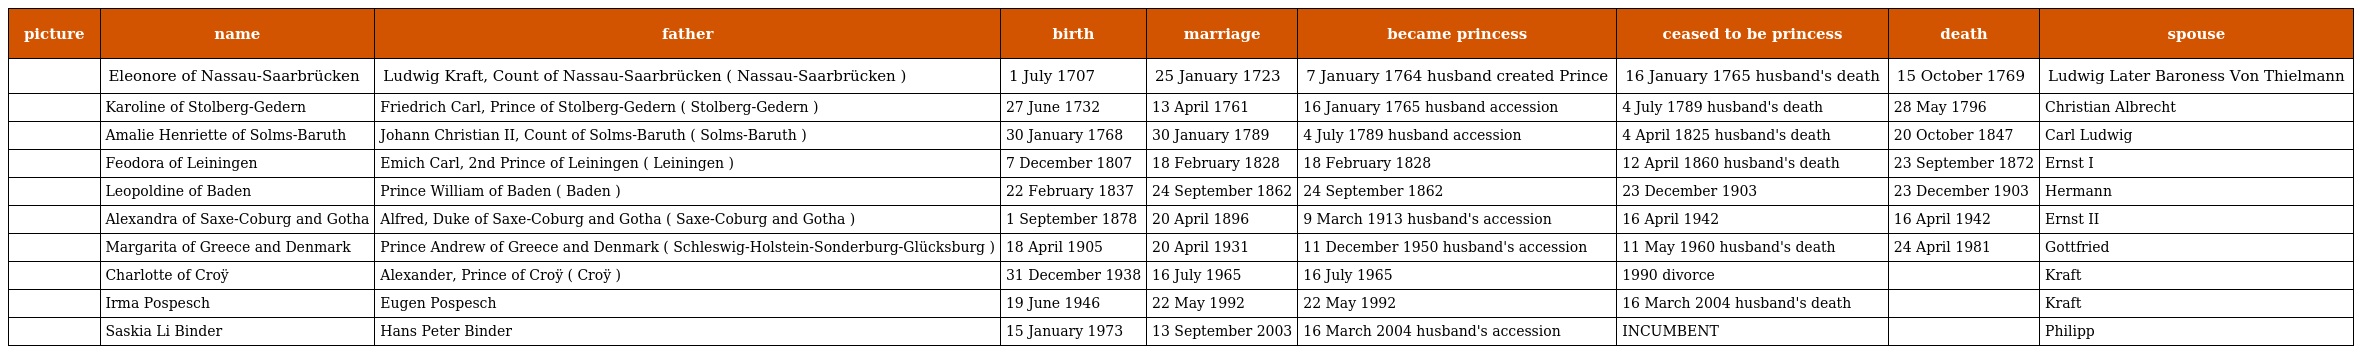
| picture | name | father | birth | marriage | became princess | ceased to be princess | death | spouse |
 | --- | --- | --- | --- | --- | --- | --- | --- | --- |
 |  | Eleonore of Nassau-Saarbrücken | Ludwig Kraft, Count of Nassau-Saarbrücken ( Nassau-Saarbrücken ) | 1 July 1707 | 25 January 1723 | 7 January 1764 husband created Prince | 16 January 1765 husband's death | 15 October 1769 | Ludwig Later Baroness Von Thielmann |
 |  | Karoline of Stolberg-Gedern | Friedrich Carl, Prince of Stolberg-Gedern ( Stolberg-Gedern ) | 27 June 1732 | 13 April 1761 | 16 January 1765 husband accession | 4 July 1789 husband's death | 28 May 1796 | Christian Albrecht |
 |  | Amalie Henriette of Solms-Baruth | Johann Christian II, Count of Solms-Baruth ( Solms-Baruth ) | 30 January 1768 | 30 January 1789 | 4 July 1789 husband accession | 4 April 1825 husband's death | 20 October 1847 | Carl Ludwig |
 |  | Feodora of Leiningen | Emich Carl, 2nd Prince of Leiningen ( Leiningen ) | 7 December 1807 | 18 February 1828 | 18 February 1828 | 12 April 1860 husband's death | 23 September 1872 | Ernst I |
 |  | Leopoldine of Baden | Prince William of Baden ( Baden ) | 22 February 1837 | 24 September 1862 | 24 September 1862 | 23 December 1903 | 23 December 1903 | Hermann |
 |  | Alexandra of Saxe-Coburg and Gotha | Alfred, Duke of Saxe-Coburg and Gotha ( Saxe-Coburg and Gotha ) | 1 September 1878 | 20 April 1896 | 9 March 1913 husband's accession | 16 April 1942 | 16 April 1942 | Ernst II |
 |  | Margarita of Greece and Denmark | Prince Andrew of Greece and Denmark ( Schleswig-Holstein-Sonderburg-Glücksburg ) | 18 April 1905 | 20 April 1931 | 11 December 1950 husband's accession | 11 May 1960 husband's death | 24 April 1981 | Gottfried |
 |  | Charlotte of Croÿ | Alexander, Prince of Croÿ ( Croÿ ) | 31 December 1938 | 16 July 1965 | 16 July 1965 | 1990 divorce |  | Kraft |
 |  | Irma Pospesch | Eugen Pospesch | 19 June 1946 | 22 May 1992 | 22 May 1992 | 16 March 2004 husband's death |  | Kraft |
 |  | Saskia Li Binder | Hans Peter Binder | 15 January 1973 | 13 September 2003 | 16 March 2004 husband's accession | INCUMBENT |  | Philipp |